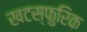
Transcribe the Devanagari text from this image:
खटस्फुरिक